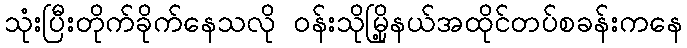
သုံးပြီးတိုက်ခိုက်နေသလို ဝန်းသိုမြို့နယ်အထိုင်တပ်စခန်းကနေ